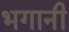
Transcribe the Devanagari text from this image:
भगानी